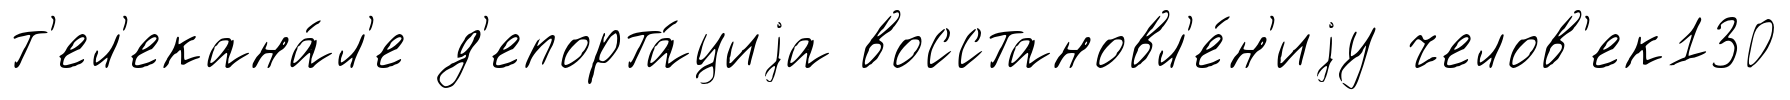
т'ел'екана́л'е д'епорта́циjа восстановл'е́н'иjу челов'ек130